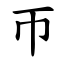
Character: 帀